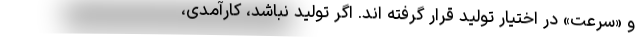
و «سرعت» در اختیار تولید قرار گرفته اند. اگر تولید نباشد، کارآمدی،